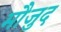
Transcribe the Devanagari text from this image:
माैजुद